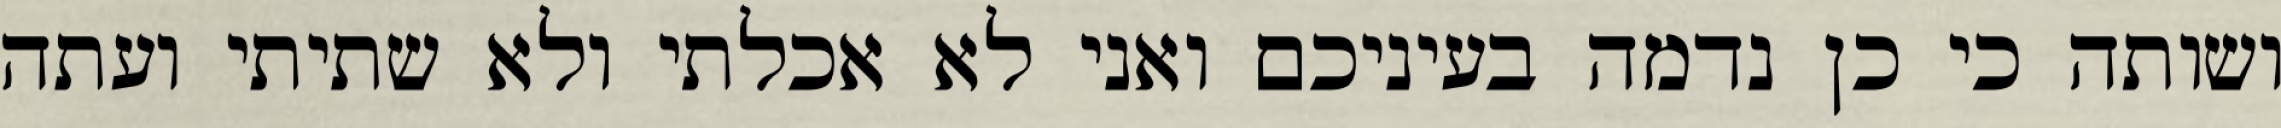
ושותה כי כן נדמה בעיניכם ואני לא אכלתי ולא שתיתי ועתה